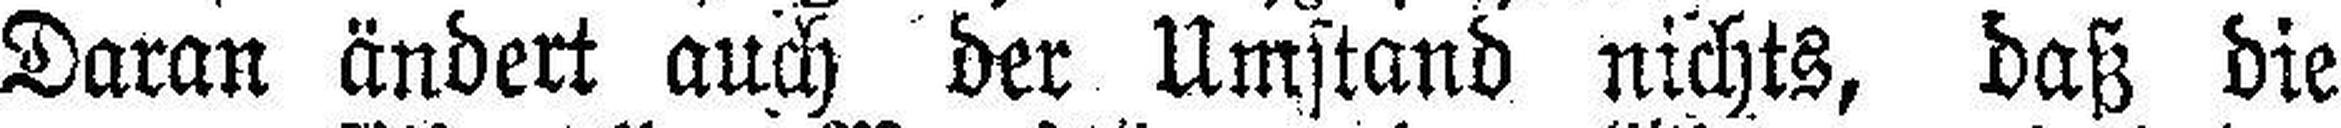
Daran ändert auch der Umstand nichts, daß die